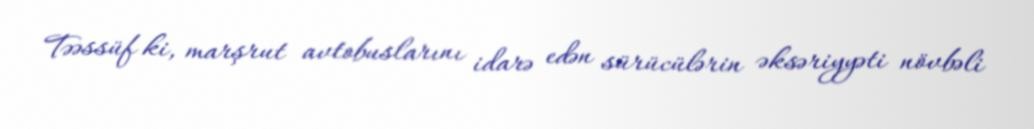
Təəssüf ki, marşrut avtobuslarını idarə edən sürücülərin əksəriyyəti növbəli